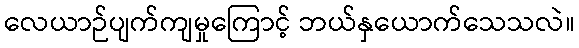
လေယာဉ်ပျက်ကျမှုကြောင့် ဘယ်နှယောက်သေသလဲ။